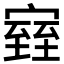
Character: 𪧧